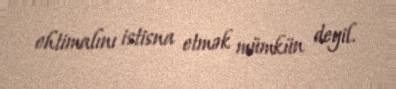
ehtimalını istisna etmək mümkün deyil.